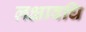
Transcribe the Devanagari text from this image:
लक्षावधि